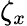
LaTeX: \zeta_{x}